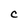
Character: C